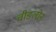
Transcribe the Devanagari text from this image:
चीङलोन